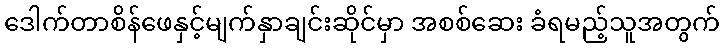
ဒေါက်တာစိန်ဖေနှင့်မျက်နှာချင်းဆိုင်မှာ အစစ်ဆေး ခံရမည့်သူအတွက်